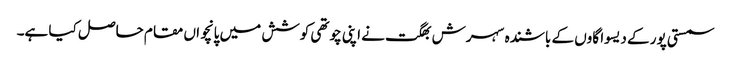
سمستی پور کے دیسوا گاوں کے باشندہ سہرش بھگت نے اپنی چوتھی کوشش میں پانچواں مقام حاصل کیا ہے۔